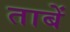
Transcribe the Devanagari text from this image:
ताबें